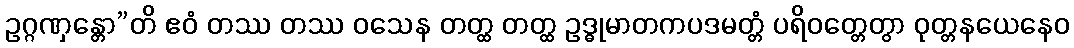
ဥဂ္ဂဏှန္တော”တိ ဧဝံ တဿ တဿ ဝသေန တတ္ထ တတ္ထ ဥဒ္ဓုမာတကပဒမတ္တံ ပရိဝတ္တေတွာ ဝုတ္တနယေနေဝ